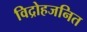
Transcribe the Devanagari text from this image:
विद्रोहजनित